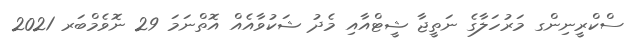
ސްކްރީނިންގ މަރުހަލާގެ ނަތީޖާ ޝީޓްއާއި މެދު ޝަކުވާއެއް އޮތްނަމަ 29 ނޮވެމްބަރ 2021